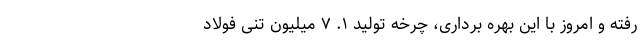
رفته و امروز با این بهره برداری، چرخه تولید ۱. ۷ میلیون تنی فولاد